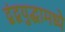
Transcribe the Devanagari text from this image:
द्वंद्वयुद्धामध्ये